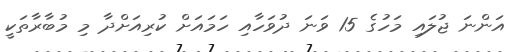
އަންނަ ޖުލައި މަހުގެ 15 ވަނަ ދުވަހާއި ހަމައަށް ކުރިއަށްދާ މި މުބާރާތަކީީ